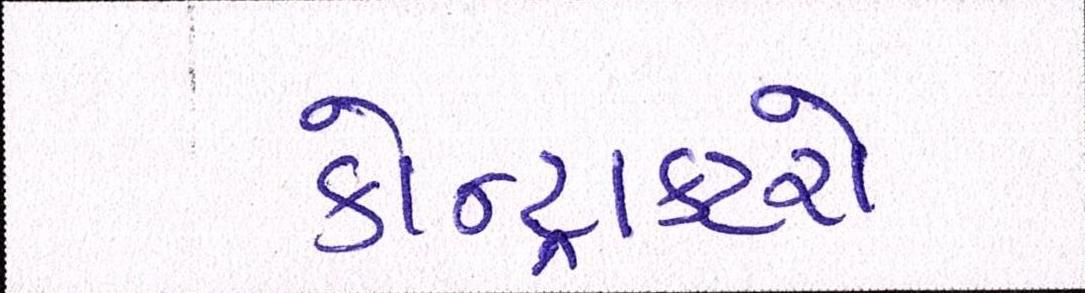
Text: કોન્ટ્રાક્ટરો